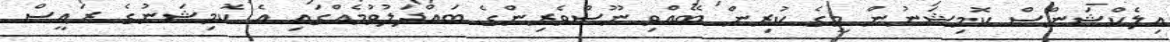
އިލެކްޝަންސް ކޮމިޝަނުން މީގެ ކުރިން ބޭއްވި ނޫސްވެރިންގެ ބައްދަލުވުމެއްގައި އެ ކޮމިޝަނުގެ ރައީސް